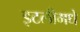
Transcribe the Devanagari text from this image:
इटलीमधे